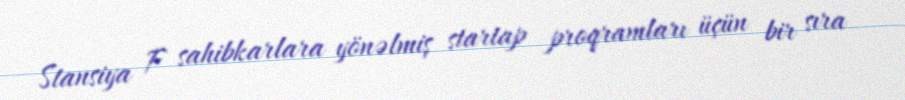
Stansiya F sahibkarlara yönəlmiş startap proqramları üçün bir sıra